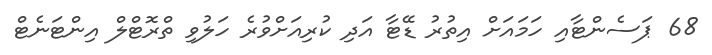
68 ޕަސެންޓާއި ހަމައަށް އިތުރު ޑޭޓާ އަދި ކުރިއަށްވުރެ ހަލުވި ތްރޮޓްލް އިންޓަނެޓް